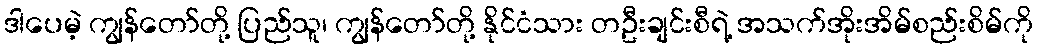
ဒါပေမဲ့ ကျွန်တော်တို့ ပြည်သူ၊ ကျွန်တော်တို့ နိုင်ငံသား တဦးချင်းစီရဲ့ အသက်အိုးအိမ်စည်းစိမ်ကို